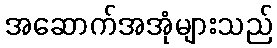
အဆောက်အအုံများသည်